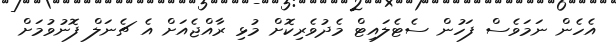
އެހެން ނަމަވެސް ފަހުން ސެޓެލައިޓް މެދުވެރިކޮށް މުޅި ރާއްޖެއަށް އެ ޗެނަލް ފޮނުވުމަށް